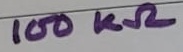
Text: 100KΩ